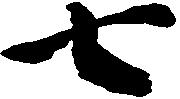
七